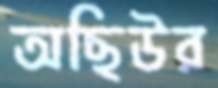
অছিউর